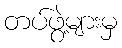
တပ်ဖွဲ့များမှ